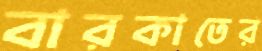
বারকাতের